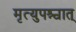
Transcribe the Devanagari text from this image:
मृत्युपश्चात्